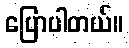
ပြောပါတယ်။